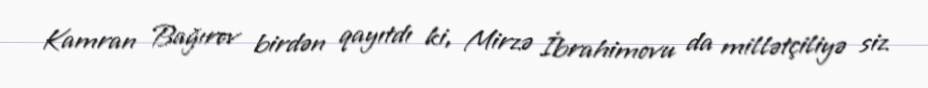
Kamran Bağırov birdən qayıtdı ki, Mirzə İbrahimovu da millətçiliyə siz